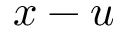
x - u